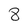
Character: 8